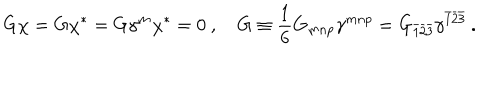
G \chi = G \chi ^ { * } = G \gamma ^ { m } \chi ^ { * } = 0 \ , \quad G \equiv \frac { 1 } { 6 } G _ { m n p } \gamma ^ { m n p } = G _ { \bar { 1 } \bar { 2 } \bar { 3 } } \gamma ^ { \bar { 1 } \bar { 2 } \bar { 3 } } \ .